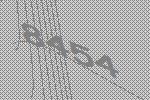
8454